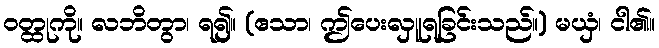
ဝတ္ထုကို။ လဘိတွာ၊ ရ၍။ (ဧသာ၊ ဤပေးလှူရခြင်းသည်။) မယှံ၊ ငါ၏။